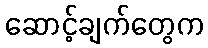
ဆောင့်ချက်တွေက